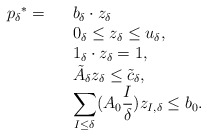
\begin{align*}\begin{array}{lll}{p_\delta}^*=&& b_{\delta} \cdot z_{\delta} \\& & 0_{\delta}\le z_{\delta}\le u_{\delta}, \\&& 1_\delta \cdot z_{\delta}=1,\\&& \tilde{A}_\delta z_{\delta} \le \tilde{c}_\delta,\\&& \displaystyle{ \sum_{I\le \delta} ( A_0 \frac{I}{\delta}) z_{I,\delta}}\le b_0.\end{array}\end{align*}